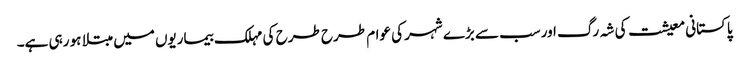
پاکستانی معیشت کی شہ رگ اورسب سے بڑے شہر کی عوام طرح طرح کی مہلک بیماریوں میں مبتلا ہو رہی ہے۔